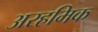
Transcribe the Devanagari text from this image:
अरहमिक